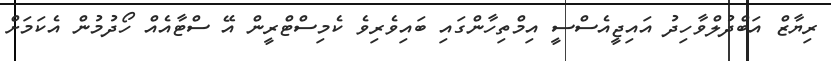
ރިޔާޒް އަބްދުލްވާހިދު އައިޖީއެސްސީ އިމްތިހާންގައި ބައިވެރިވެ ކެމިސްޓްރީން އޭ ސްޓާއެއް ހޯދުމުން އެކަމަށް